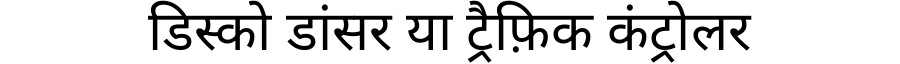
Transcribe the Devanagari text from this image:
डिस्को डांसर या ट्रैफ़िक कंट्रोलर